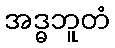
အဒ္ဓဘူတံ